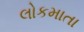
લોકમાતા